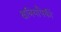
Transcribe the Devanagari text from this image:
क्षत्रियांपैकीं